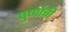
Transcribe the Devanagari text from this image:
पुष्पांची